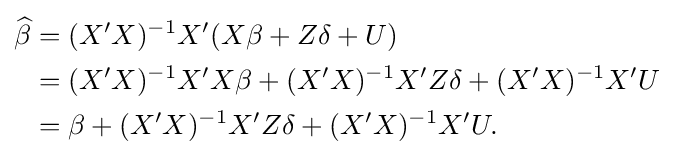
{\begin{aligned}{\widehat {\beta }}&=(X'X)^{-1}X'(X\beta +Z\delta +U)\\&=(X'X)^{-1}X'X\beta +(X'X)^{-1}X'Z\delta +(X'X)^{-1}X'U\\&=\beta +(X'X)^{-1}X'Z\delta +(X'X)^{-1}X'U.\end{aligned}}